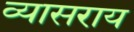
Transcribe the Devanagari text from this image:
व्यासराय